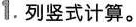
1.列竖式计算。